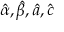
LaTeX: { \hat { \alpha } } , { \hat { \beta } } , { \hat { a } } , { \hat { c } }